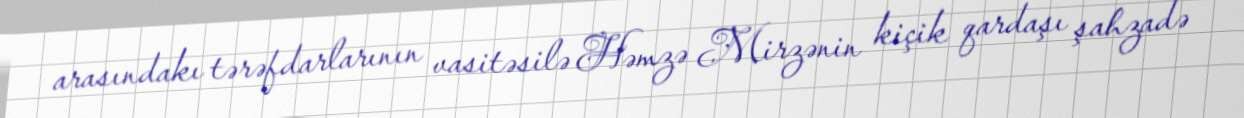
arasındakı tərəfdarlarının vasitəsilə Həmzə Mirzənin kiçik qardaşı şahzadə